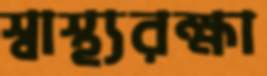
স্বাস্থ্যরক্ষা